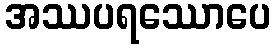
အဿပရဿောပေ